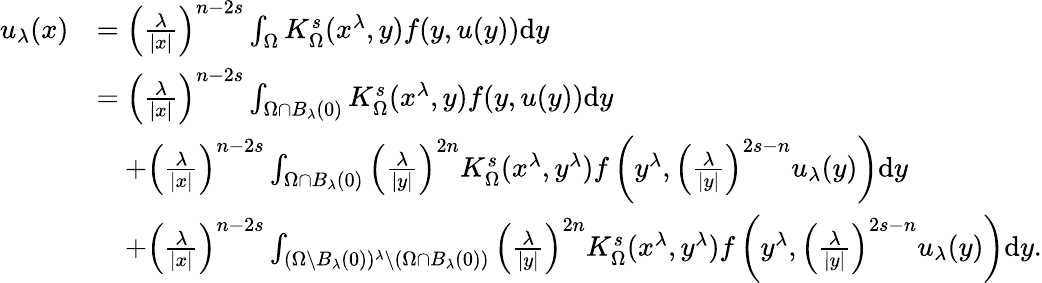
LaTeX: \begin{array}{rl}{u_{\lambda}(x)}&{=\left(\frac{\lambda}{|x|}\right)^{n-2s}\int_{\Omega}K_{\Omega}^{s}(x^{\lambda},y)f(y,u(y))\mathrm dy}\\ &{=\left(\frac{\lambda}{|x|}\right)^{n-2s}\int_{\Omega\cap B_{\lambda}(0)}K_{\Omega}^{s}(x^{\lambda},y)f(y,u(y))\mathrm dy}\\ &{\quad+\left(\frac{\lambda}{|x|}\right)^{n-2s}\int_{\Omega\cap B_{\lambda}(0)}{\left(\frac{\lambda}{|y|}\right)}^{2n}K_{\Omega}^{s}(x^{\lambda},y^{\lambda})f\left(y^{\lambda},{\left(\frac{\lambda}{|y|}\right)}^{2s-n}u_{\lambda}(y)\right)\mathrm dy}\\ &{\quad+\left(\frac{\lambda}{|x|}\right)^{n-2s}\int_{(\Omega\setminus B_{\lambda}(0))^{\lambda}\setminus(\Omega\cap B_{\lambda}(0))}{\left(\frac{\lambda}{|y|}\right)}^{2n}K_{\Omega}^{s}(x^{\lambda},y^{\lambda})f\left(y^{\lambda},{\left(\frac{\lambda}{|y|}\right)}^{2s-n}u_{\lambda}(y)\right)\mathrm dy.}\end{array}